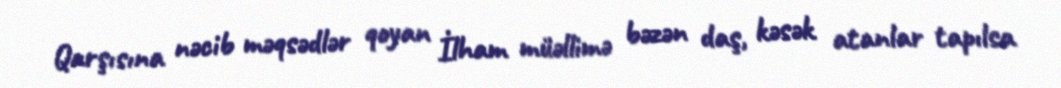
Qarşısına nəcib məqsədlər qoyan İlham müəllimə bəzən daş, kəsək atanlar tapılsa